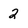
Character: 2